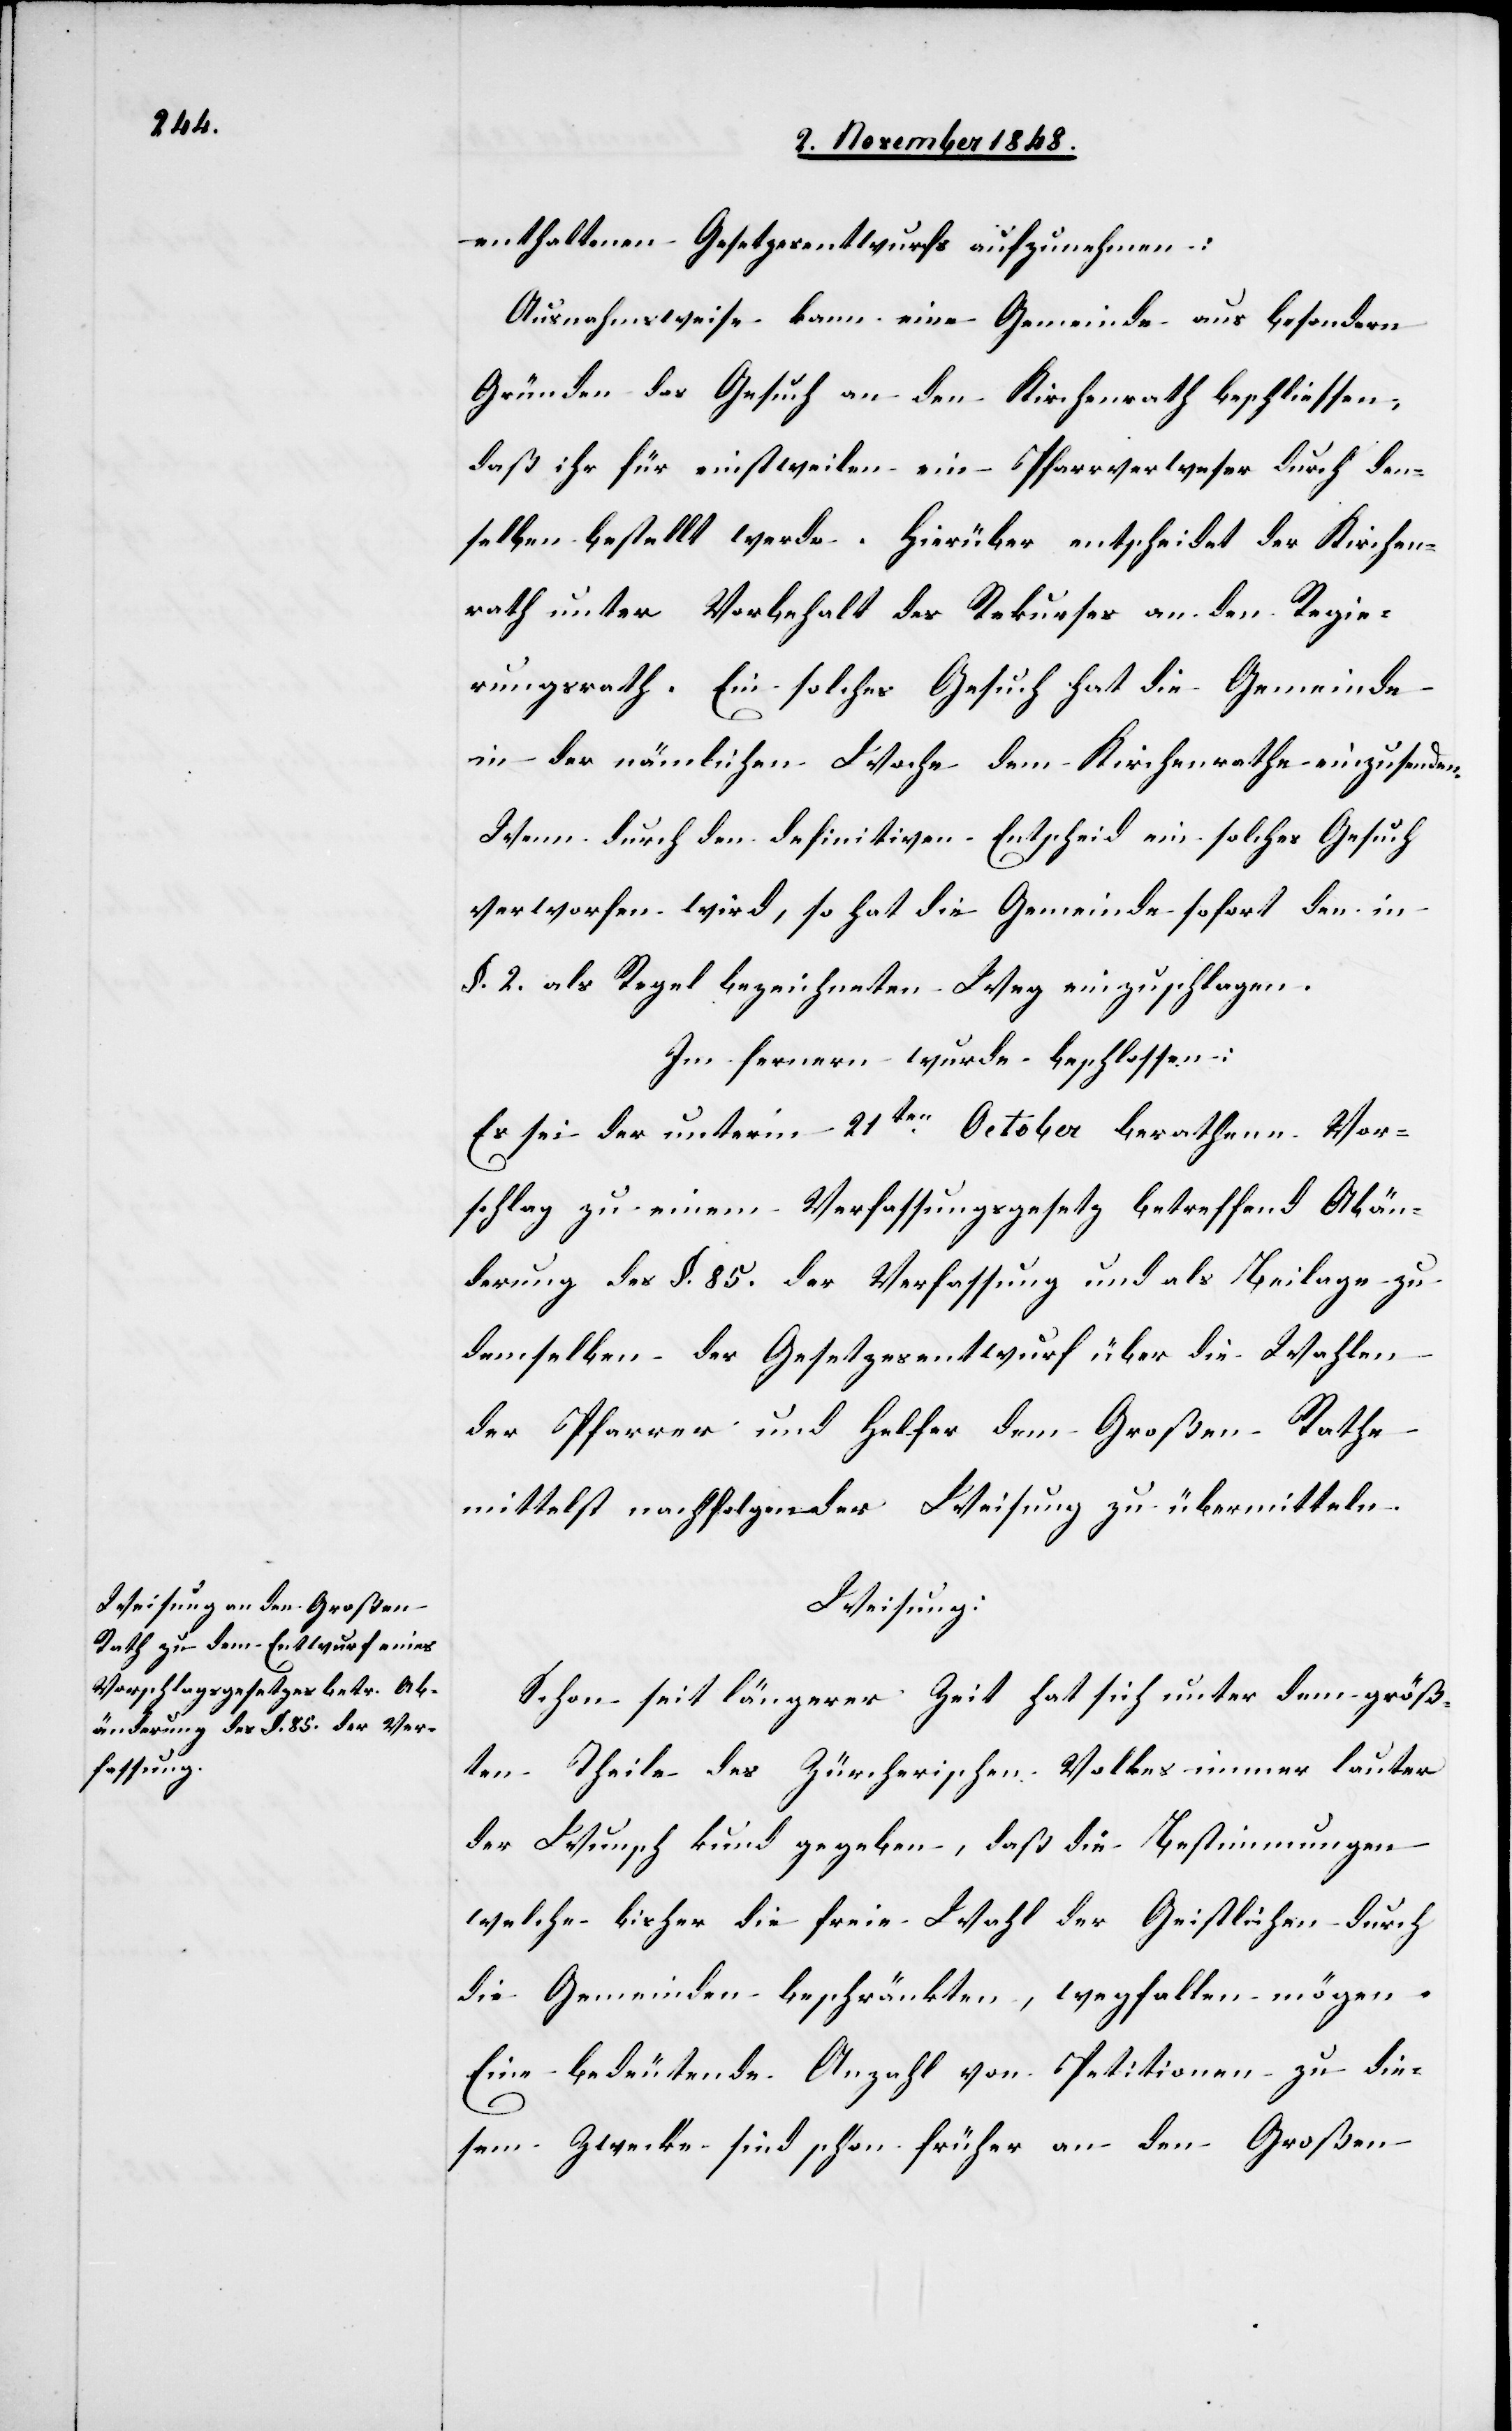
enthaltenen Gesetzesentwurfs aufzunehmen:
Ausnahmsweise kann eine Gemeinde aus besondern
Gründen das Gesuch an den Kirchenrath beschliessen,
daß ihr für einstweilen ein Pfarrverweser durch den¬
selben bestellt werde. Hierüber entscheidet der Kirchen¬
rath unter Vorbehalt des Rekurses an den Regie¬
rungsrath. Ein solches Gesuch hat die Gemeinde
in der nämlichen Woche dem Kirchenrathe einzusenden.
Wenn durch den definitiven Entscheid ein solches Gesuch
verworfen wird, so hat die Gemeinde sofort den in
§. 2. als Regel bezeichneten Weg einzuschlagen.
Im fernern wurde beschlossen:
Es sei der unterm 21ten October berathene Vor¬
schlag zu einem Verfassungsgesetz betreffend Abän¬
derung des §. 85. der Verfassung und als Beilage zu
demselben der Gesetzesentwurf über die Wahlen
der Pfarrer und Helfer dem Großen Rathe
mittelst nachfolgender Weisung zu übermitteln.
Weisung:
Schon seit längerer Zeit hat sich unter dem größ¬
ten Theile des Zürcherischen Volkes immer lauter
der Wunsch kund gegeben, daß die Bestimmungen
welche bisher die freie Wahl der Geistlichen durch
die Gemeinden beschränkten, wegfallen mögen.
Eine bedeutende Anzahl von Petitionen zu die¬
sem Zwecke sind schon früher an den Großen